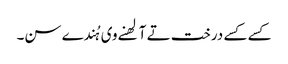
کسے کسے درخت تے آلھنے وی ہُندے سن۔